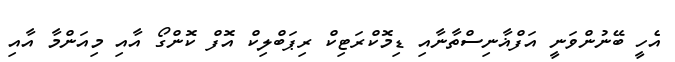
އެހީ ބޭނުންވަނީ އަފްޣާނިސްތާނާއި ޑިމޮކްރަޓިކް ރިޕަބްލިކް އޮފް ކޮންގޯ އާއި މިއަންމާ އާއި